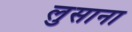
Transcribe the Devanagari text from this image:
लुसाना